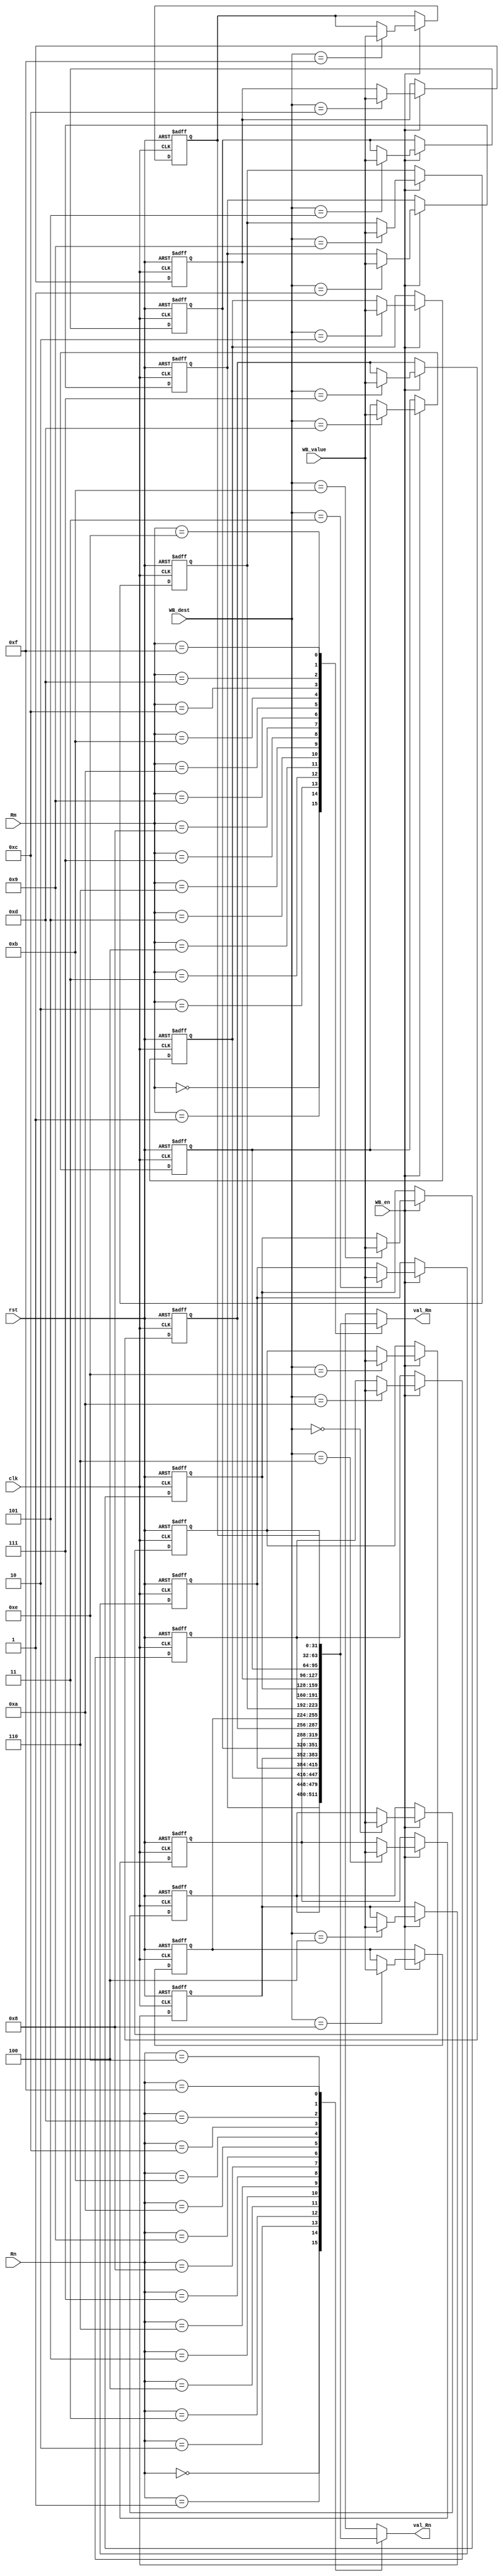
module RegisterFile (
    clk,
    rst,
    Rn,
    Rm,
    WB_dest,
    WB_value,
    WB_en,
    val_Rn,
    val_Rm
);
    input clk, rst, WB_en;
    input [3:0] Rn, Rm, WB_dest;
    input [31:0] WB_value;
    output [31:0] val_Rn, val_Rm;
    reg [31:0] registers[15:0];
    integer i;


    assign val_Rn = registers[Rn];
    assign val_Rm = registers[Rm];

    always @(negedge clk, posedge rst) begin
        if (rst) begin
            for (i = 0; i < 16; i = i + 1) begin
                registers[i] <= i;
            end
        end	 
        else if (WB_en)
            registers[WB_dest] <= WB_value;
    end

endmodule